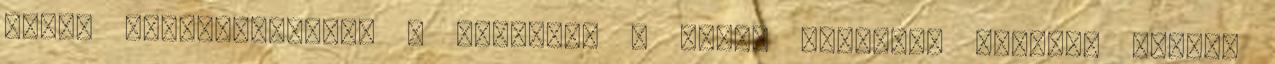
lapot felcsavaroztad a helyére, a másik oldalról berakod kőzet,